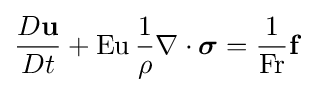
{\frac {D\mathbf {u} }{Dt}}+\mathrm {Eu} \,{\frac {1}{\rho }}\nabla \cdot {\boldsymbol {\sigma }}={\frac {1}{\mathrm {Fr} }}\mathbf {f}